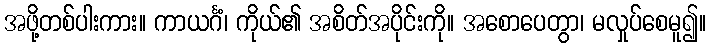
အဖို့တစ်ပါးကား။ ကာယင်္ဂံ၊ ကိုယ်၏ အစိတ်အပိုင်းကို။ အစောပေတွာ၊ မလှုပ်စေမူ၍။